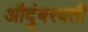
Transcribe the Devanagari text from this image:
औदुंबरवती